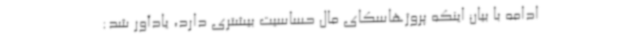
ادامه با بیان اینکه پروژهاسکای مال حساسیت بیشتری دارد، یادآور شد: